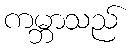
ကမ္ဘာသည်